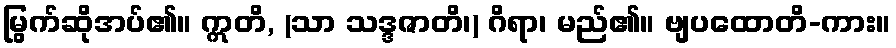
မြွက်ဆိုအပ်၏။ ဣတိ, (သာ သဒ္ဒဇာတိ၊) ဂိရာ၊ မည်၏။ ဗျပထောတိ-ကား။